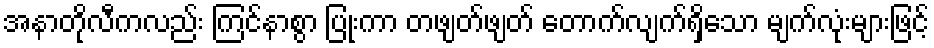
အနာတိုလီကလည်း ကြင်နာစွာ ပြုံးကာ တဖျတ်ဖျတ် တောက်လျက်ရှိသော မျက်လုံးများဖြင့်